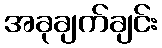
အခုချက်ချင်း